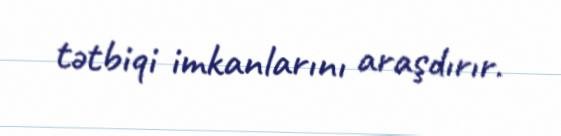
tətbiqi imkanlarını araşdırır.